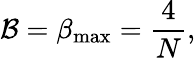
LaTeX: \mathcal{B}=\beta_{\mathrm{max}}=\frac{4}{N},